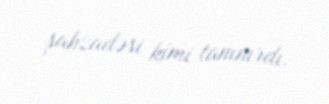
şahzadəsi kimi tanınırdı.